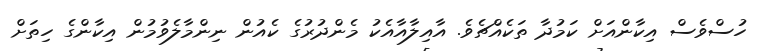
ހުސްވެސް އިކާންއަށް ކަމުދާ ތަކެއްޗެވެ. އާއިލާއާއެކު މެންދުރުގެ ކެއުން ނިންމާލެވުމުން އިކާންގެ ހިތަށް